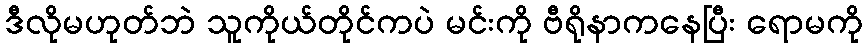
ဒီလိုမဟုတ်ဘဲ သူကိုယ်တိုင်ကပဲ မင်းကို ဗီရိုနာကနေပြီး ရောမကို